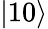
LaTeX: \lvert 10\rangle